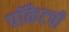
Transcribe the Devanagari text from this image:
पॉकेटची